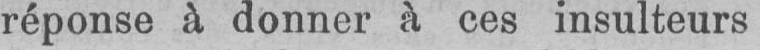
réponse à donner à ces insulteurs